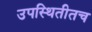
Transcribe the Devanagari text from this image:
उपस्थितीतच